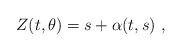
LaTeX: \begin{align*}Z(t, \theta) = s + \alpha(t, s)\ , \end{align*}